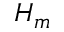
H _ { m }